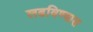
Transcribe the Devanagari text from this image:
लढविण्यास